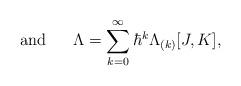
LaTeX: \begin{align*}\mbox{~~~~~and~~~~~}\Lambda=\sum_{k=0}^{\infty}\hbar^k \Lambda_{(k)}[J,K],\end{align*}